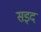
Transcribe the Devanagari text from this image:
सइद